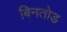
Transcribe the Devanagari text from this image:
बिनतोड